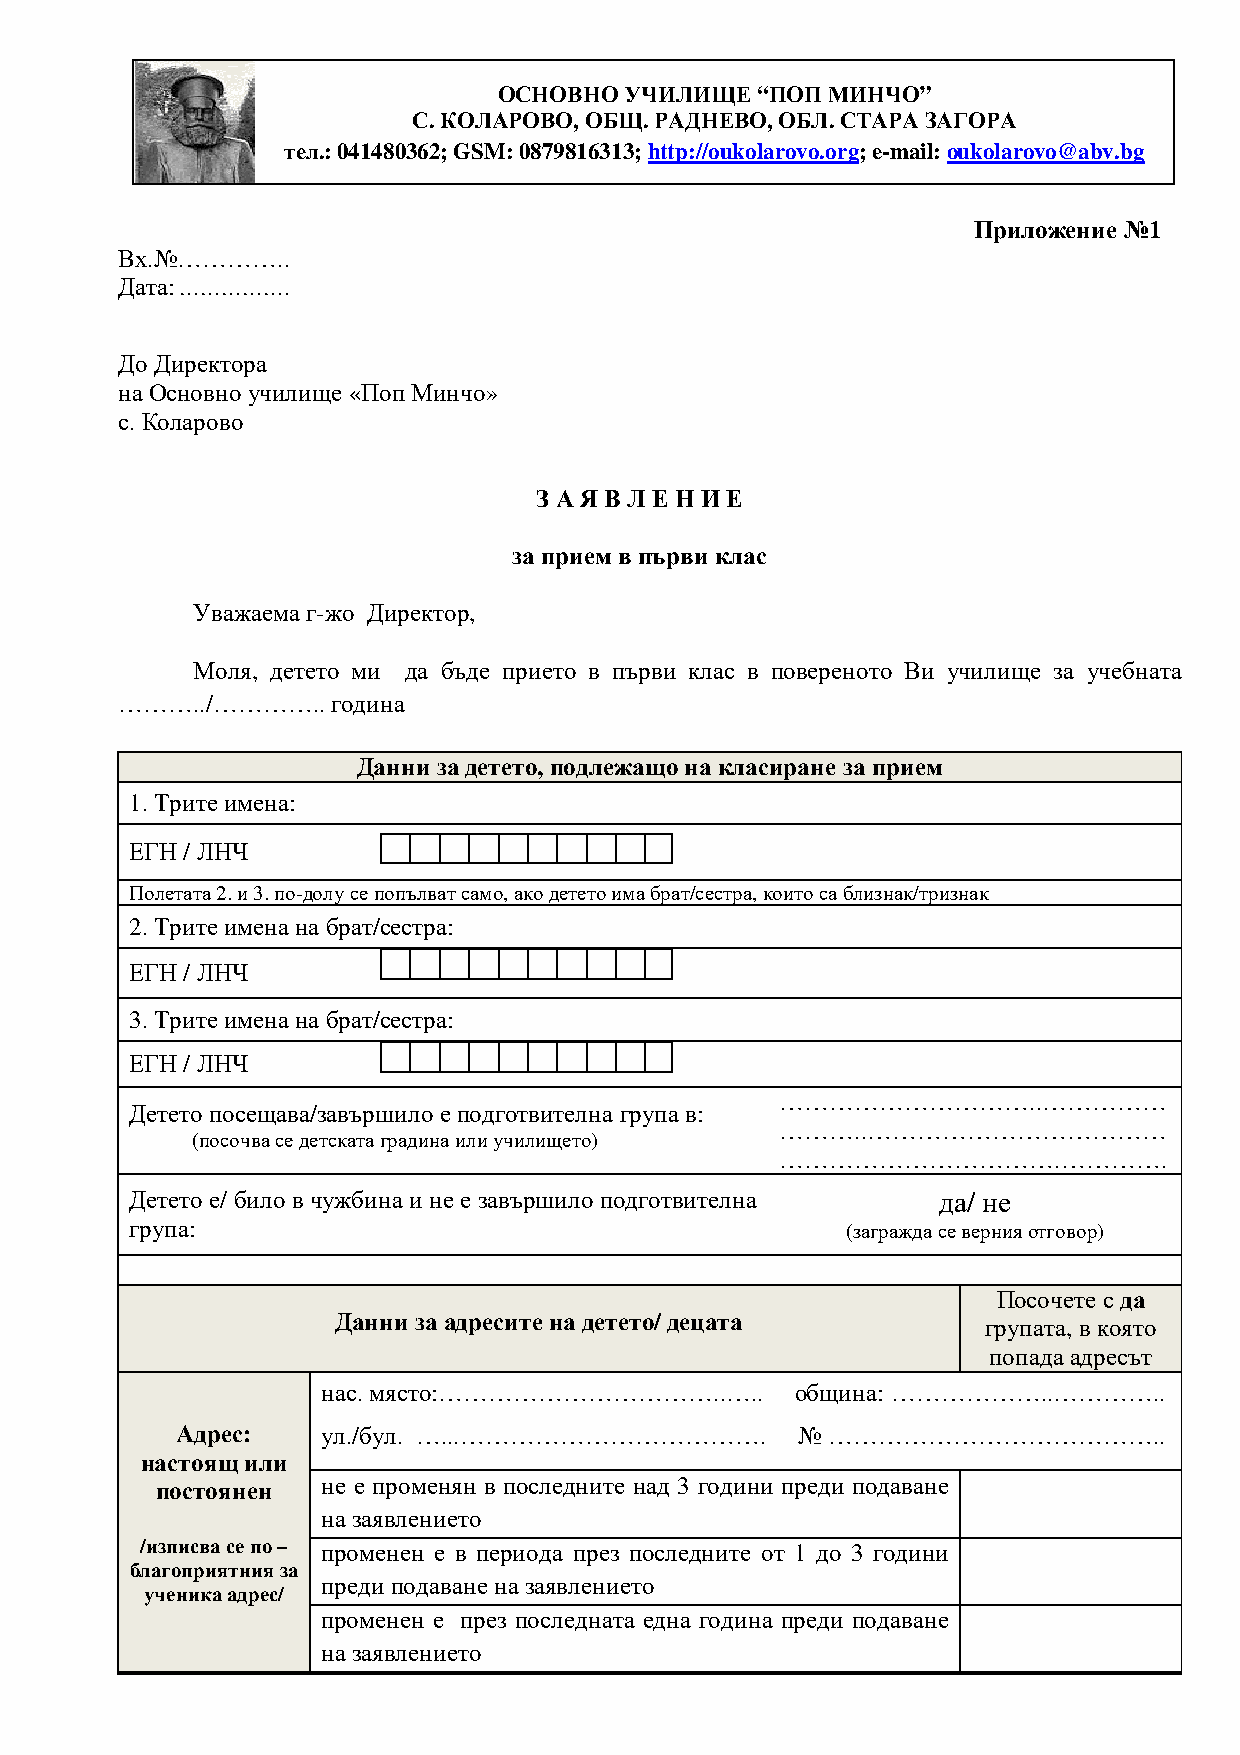
ОСНОВНО УЧИЛИЩЕ  “ПОП МИНЧО”
 С. КОЛАРОВО, ОБЩ. РАДНЕВО, ОБЛ. СТАРА ЗАГОРА
 тел.: 041480362; GSM: 0879816313; http://oukolarovo.org; e-mail: oukolarovo@abv.bg
 Приложение №1
 Вх.№…………..
 Дата: …………….
 До Директора
 на Основно училище «Поп Минчо»
 с. Коларово
 З А Я В Л Е Н И Е
 за прием в първи клас
 Уважаема г-жо Директор,
 Моля, детето ми да бъде прието в първи клас в повереното Ви училище за учебната
 ………../…………..  година
 Данни за детето, подлежащо на класиране за прием
 1. Трите имена:
 ЕГН / ЛНЧ
 Полетата 2. и 3. по-долу се попълват само, ако детето има брат/сестра, които са близнак/тризнак
 2. Трите имена на брат/сестра:
 ЕГН / ЛНЧ
 3. Трите имена на брат/сестра:
 ЕГН / ЛНЧ
 …………………………..……………
 Детето посещава/завършило е подготвителна група в:
 ………..………………………………
 (посочва се детската градина или училището)
 …………………………….………….
 Детето е/ било в чужбина и не е завършило подготвителна да/ не
 група:                                         (загражда се верния отговор)
 Посочете с да
 Данни за адресите на детето/ децата        групата, в която
 попада адресът
 нас. място:……………………………..…..     община: ………………..…………..
 Адрес:   ул./бул. …...……………………………….      № …………………………………..
 настоящ или
 постоянен  не е променян в последните над 3 години преди подаване
 на заявлението
 /изписва се по – променен е в периода през последните от 1 до 3 години
 благоприятния за
 преди подаване на заявлението
 ученика адрес/
 променен е през последната една година преди подаване
 на заявлението